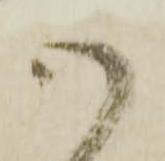
御